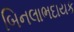
બિનલાભદાયક